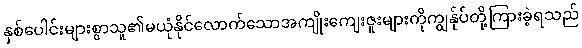
နှစ်ပေါင်းများစွာသူ၏မယုံနိုင်လောက်သောအကျိုးကျေးဇူးများကိုကျွန်ုပ်တို့ကြားခဲ့ရသည်